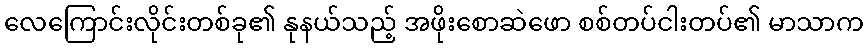
လေကြောင်းလိုင်းတစ်ခု၏ နုနယ်သည့် အဖိုးစောဆဲဖော စစ်တပ်ငါးတပ်၏ မာသာက